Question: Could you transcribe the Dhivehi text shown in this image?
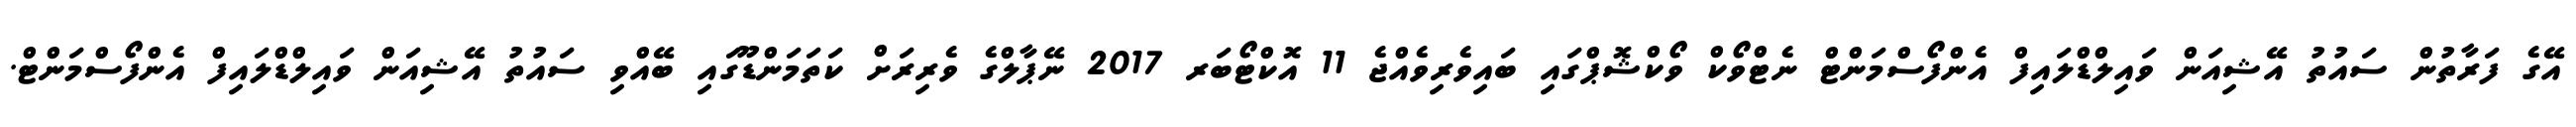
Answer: އޭގެ ފަރާތުން ސައުތު އޭޝިއަން ވައިލްޑްލައިފް އެންފޯސްމަންޓް ނެޓްވޯކް ވޯކްޝޮޕްގައި ބައިވެރިވެއްޖެ 11 އޮކްޓޯބަރ 2017 ނޭޕާލްގެ ވެރިރަށް ކަތަމަންޑޫގައި ބޭއްވި ސައުތު އޭޝިއަން ވައިލްޑްލައިފް އެންފޯސްމަންޓް.